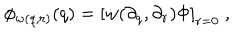
\phi _ { w ( q , r ) } ( q ) = \left[ w ( \partial _ { q } , \partial _ { r } ) \Phi \right] _ { r = 0 } \ ,